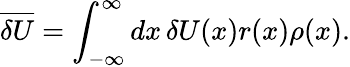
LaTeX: \overline{{\delta U}}=\int_{-\infty}^{\infty}dx\, \delta U(x)r(x)\rho(x).